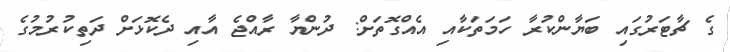
ގެ ޗާޓަރުގައި ބަޔާންކުރާ ހަމަތަކާއި އެއްގޮތަށް: ދުންޔާ ރާއްޖެ އާއި ދެކޮޅަށް ދަތިކުރުމުގެ